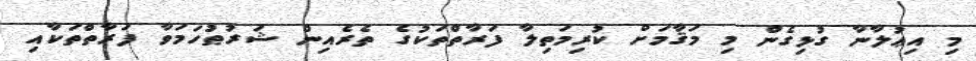
މި އިޢުލާނާ ގުޅިގެން މި މަޤާމަށް ކުރިމަތިލާ ފަރާތްތަކުގެ ތެރެއިން ޝަރުޠުހަމަވާ ފަރާތްތަކާއި